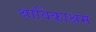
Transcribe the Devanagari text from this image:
श्राविकाश्रम